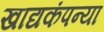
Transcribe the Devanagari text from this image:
खाद्यकंपन्या